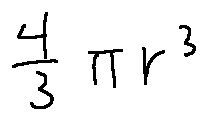
\frac { 4 } { 3 } \pi r ^ { 3 }